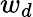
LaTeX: w_{d}